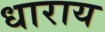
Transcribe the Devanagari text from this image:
धाराय